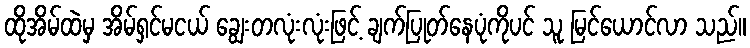
ထိုအိမ်ထဲမှ အိမ်ရှင်မငယ် ချွေးတလုံးလုံးဖြင့် ချက်ပြုတ်နေပုံကိုပင် သူ မြင်ယောင်လာ သည်။